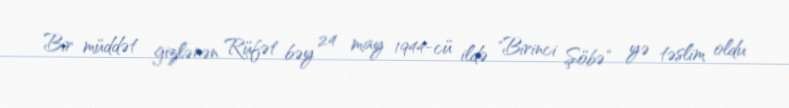
Bir müddət gizlənən Rüfət bəy 24 may 1944-cü ildə "Birinci Şöbə" yə təslim oldu